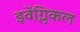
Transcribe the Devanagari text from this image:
इवेंग्लिकल